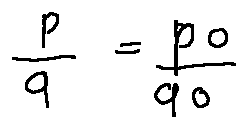
\frac { p } { q } = \frac { p _ { 0 } } { q _ { 0 } }